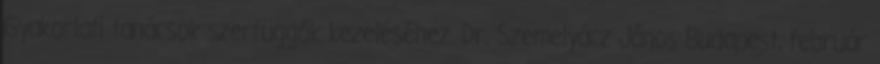
Gyakorlati tanácsok szerfüggők kezeléséhez. Dr. Szemelyácz János Budapest, február